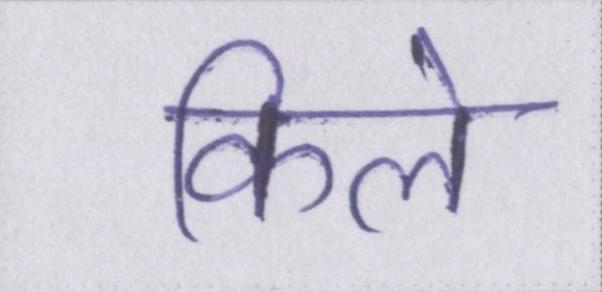
किले